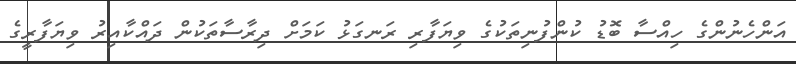
އަންހެނުންގެ ހިއްސާ ބޮޑު ކުންފުނިތަކުގެ ވިޔަފާރި ރަނގަޅު ކަމަށް ދިރާސާތަކުން ދައްކާއިރު ވިޔަފާރީގެ